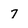
Character: 7